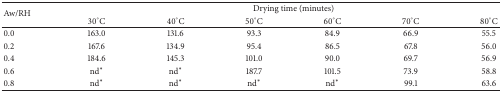
| <ROWSPAN=2> Aw/RH | <COLSPAN=6> Drying time (minutes) |
 | 30°C | 40°C | 50°C | 60°C | 70°C | 80°C |
 | --- | --- | --- | --- | --- | --- | --- |
 | 0.0 | 163.0 | 131.6 | 93.3 | 84.9 | 66.9 | 55.5 |
 | 0.2 | 167.6 | 134.9 | 95.4 | 86.5 | 67.8 | 56.0 |
 | 0.4 | 184.6 | 145.3 | 101.0 | 90.0 | 69.7 | 56.9 |
 | 0.6 | nd∗ | nd∗ | 187.7 | 101.5 | 73.9 | 58.8 |
 | 0.8 | nd∗ | nd∗ | nd∗ | nd∗ | 99.1 | 63.6 |